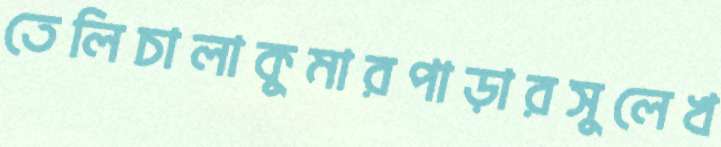
তেলিচালাকুমারপাড়ারসুলেখ